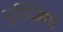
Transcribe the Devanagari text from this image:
थूरिंजिया